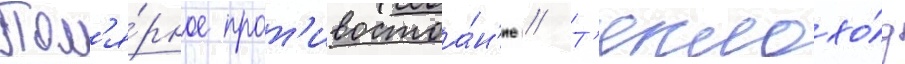
Пол'я́рное прот'ивостоа́н'ие // Т'еплохо́д